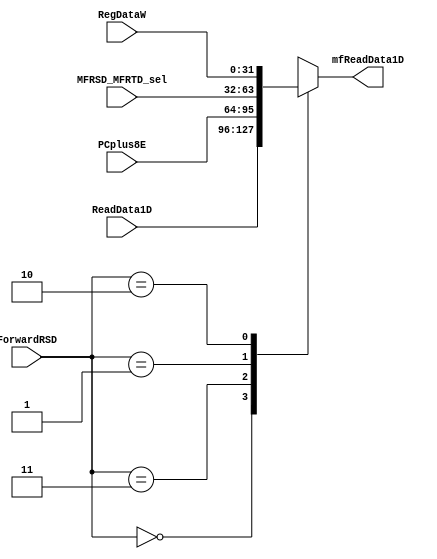
`timescale 1ns / 1ps
//////////////////////////////////////////////////////////////////////////////////
// Company: 
// Engineer: 
// 
// Design Name: 
// Module Name:    MFMux 
// Project Name: 
// Target Devices: 
// Tool versions: 
// Description: 
//
// Dependencies: 
//
// Revision: 
// Revision 0.01 - File Created
// Additional Comments: 
//
//////////////////////////////////////////////////////////////////////////////////
module MFRSD(                      //IDReadData1Mux
	 input  [1:0] ForwardRSD,       //
	 input  [31:0] ReadData1D,      //00,GRF
	 input  [31:0] PCplus8E,        //11,PCplus8_E
	 input  [31:0] MFRSD_MFRTD_sel, //01,Mux_MFRSD_MFRTD_selMFRSD_MFRTD_sel
	 input  [31:0] RegDataW,        //10,RegData_W
	 output  [31:0] mfReadData1D    //
	 );
	 reg [31:0] mfreaddata1D;
	 
	 assign mfReadData1D = mfreaddata1D;
	 
	 always @(*) begin
		case (ForwardRSD[1:0])
			2'b00: mfreaddata1D <= ReadData1D;
			2'b11: mfreaddata1D <= PCplus8E;
			2'b01: mfreaddata1D <= MFRSD_MFRTD_sel;
			2'b10: mfreaddata1D <= RegDataW;
			default: mfreaddata1D <= 32'h0000_0000;
		endcase
 	 end
	 
endmodule


module MFRTD(                      //IDReadData1Mux
	 input  [1:0] ForwardRTD,       //
	 input  [31:0] ReadData2D,      //00,GRF
	 input  [31:0] PCplus8E,        //11,PCplus8_E
	 input  [31:0] MFRSD_MFRTD_sel, //01,Mux_MFRSD_MFRTD_selMFRSD_MFRTD_sel
	 input  [31:0] JalRegDataW,     //10,Mux_JalRegDataJalRegData_W
	 output  [31:0] mfReadData2D    //
	 );
	 reg [31:0] mfreaddata2D;
	 
	 assign mfReadData2D = mfreaddata2D;
	 
	 always @(*) begin
		case (ForwardRTD[1:0])
			2'b00: mfreaddata2D <= ReadData2D;
			2'b11: mfreaddata2D <= PCplus8E;
			2'b01: mfreaddata2D <= MFRSD_MFRTD_sel;
			2'b10: mfreaddata2D <= JalRegDataW;
			default: mfreaddata2D <= 32'h0000_0000;
		endcase
 	 end
	 
endmodule


module MFRSE(                    //EXReadData1Mux
	 input  [1:0] ForwardRSE,     //
	 input  [31:0] ReadData1E,    //00
	 input  [31:0] ALUOutM,       //01ALUOut_M
	 input  [31:0] JalRegDataW,   //10Mux_JalRegDataJalRegData_W
    output  [31:0] MFRD1         //
    );
	 reg [31:0] mfrd1;
	 
	 assign MFRD1 = mfrd1;
	 
	 always @(*) begin
		case (ForwardRSE[1:0])
			2'b00: mfrd1 <= ReadData1E;
			2'b01: mfrd1 <= ALUOutM;
			2'b10: mfrd1 <= JalRegDataW;
			default: mfrd1 <= 32'h0000_0000;
		endcase
	 end

endmodule


module MFRTE(                    //EXReadData2Mux
	 input  [1:0] ForwardRTE,     //
	 input  [31:0] ReadData2E,    //00
	 input  [31:0] ALUOutM,       //01ALUOut_M
	 input  [31:0] RegDataW,      //10Mux_RegDataRegData_W
    output  [31:0] MFRD2         //
    );
	 reg [31:0] mfrd2;
	 
	 assign MFRD2 = mfrd2;
	 
	 always @(*) begin
		case (ForwardRTE[1:0])
			2'b00: mfrd2 <= ReadData2E;
			2'b01: mfrd2 <= ALUOutM;
			2'b10: mfrd2 <= RegDataW;
			default: mfrd2 <= 32'h0000_0000;
		endcase
	 end

endmodule


module MFRTM(                     //MEMReadData2Mux
	 input  [1:0] ForwardRTM,      //
	 input  [31:0] ReadData2M,     //00
	 input  [31:0] RegDataW,       //10Mux_RegDataRegData_W
	 output  [31:0] MFRT           //
	 );
	 reg [31:0] mfrt;
	 
	 assign MFRT = mfrt;
	 
	 always @(*) begin
		case (ForwardRTM[1:0])
			2'b00: mfrt <= ReadData2M;
			2'b10: mfrt <= RegDataW;
			default: mfrt <= 32'h0000_0000;
		endcase
	 end
endmodule